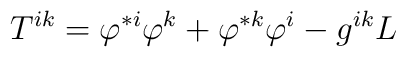
T^{ik}=\varphi ^{\ast i}\varphi ^{k}+\varphi ^{\ast k}\varphi ^{i}-g^{ik}L